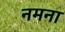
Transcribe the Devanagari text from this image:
नमना